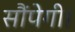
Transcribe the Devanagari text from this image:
सौंपेगी।